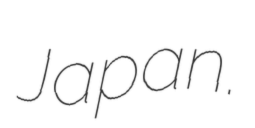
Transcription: Japan.